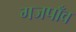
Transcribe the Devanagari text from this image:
गजपाँव